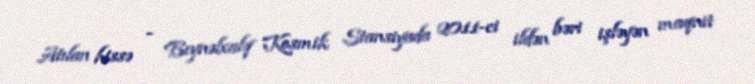
Atılan hissə - Beynəlxalq Kosmik Stansiyada 2011-ci ildən bəri işləyən maqnit